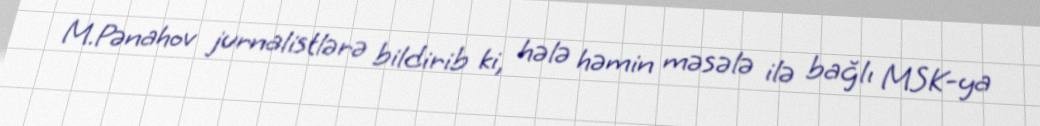
M.Pənahov jurnalistlərə bildirib ki, hələ həmin məsələ ilə bağlı MSK-ya